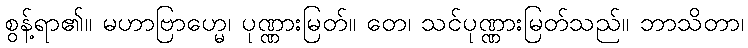
စွန့်ရာ၏။ မဟာဗြာဟ္မေ၊ ပုဏ္ဏားမြတ်။ တေ၊ သင်ပုဏ္ဏားမြတ်သည်။ ဘာသိတာ၊